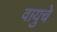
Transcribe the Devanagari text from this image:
वायुचे